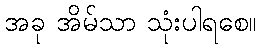
အခု အိမ်သာ သုံးပါရစေ။